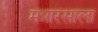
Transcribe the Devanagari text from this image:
मन्नारसाला